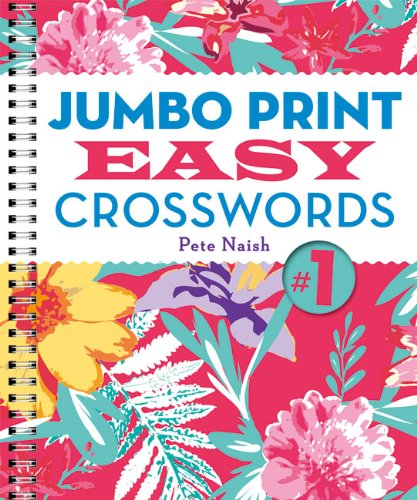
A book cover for Jumbo PrintÂ Easy Crosswords #1 (Large Print Crosswords); Pete Naish; Humor & Entertainment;